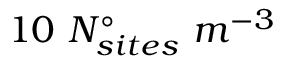
1 0 \ N _ { s i t e s } ^ { \circ } \ m ^ { - 3 }